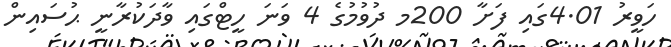
ހަވީރު 4.01ގައި ފަށާ 200މ ދުވުމުގެ 4 ވަނަ ހީޓްގައި ވާދަކުރާނީ ޙުސައިން